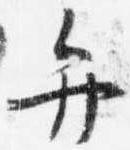
弁